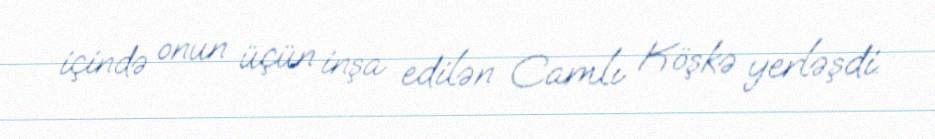
içində onun üçün inşa edilən Camlı Köşkə yerləşdi.